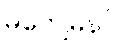
မကျေမနပ်